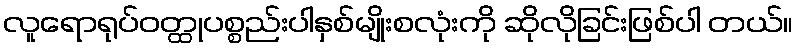
လူရောရုပ်ဝတ္ထုပစ္စည်းပါနှစ်မျိုးစလုံးကို ဆိုလိုခြင်းဖြစ်ပါ တယ်။